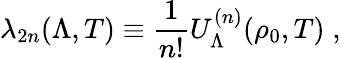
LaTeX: \lambda_{2n}(\Lambda,T)\equiv\frac{1}{n!}U_{\Lambda}^{(n)}(\rho_{0},T)\; ,